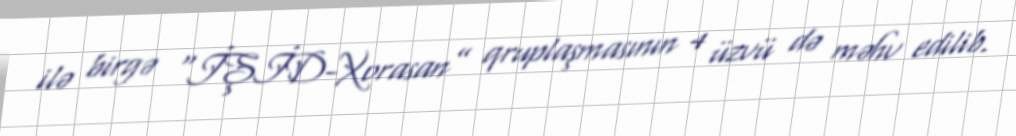
ilə birgə “İŞİD-Xorasan” qruplaşmasının 4 üzvü də məhv edilib.